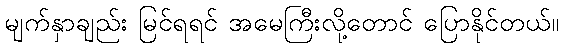
မျက်နှာချည်း မြင်ရရင် အမေကြီးလို့တောင် ပြောနိုင်တယ်။